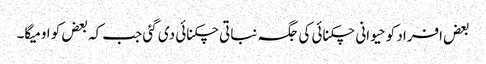
بعض افراد کو حیوانی چکنائی کی جگہ نباتی چکنائی دی گئی جب کہ بعض کو اومیگا۔